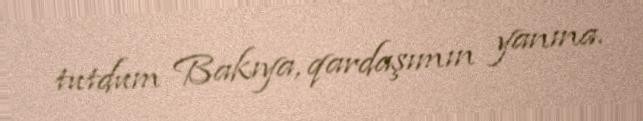
tutdum Bakıya, qardaşımın yanına.